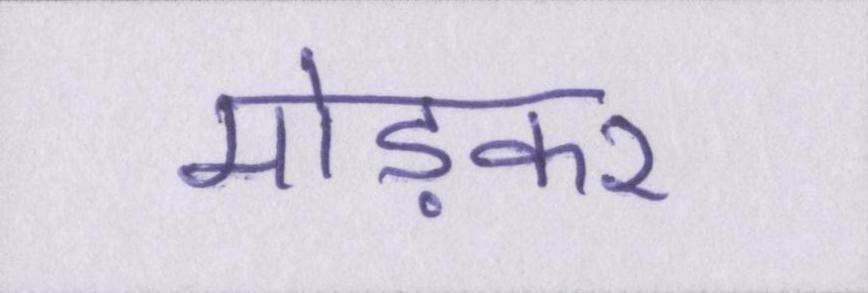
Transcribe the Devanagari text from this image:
मोड़कर